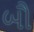
બૌ